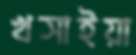
খসাইয়া